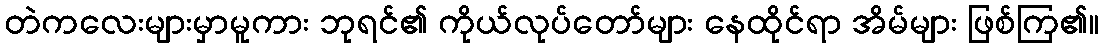
တဲကလေးများမှာမူကား ဘုရင်၏ ကိုယ်လုပ်တော်များ နေထိုင်ရာ အိမ်များ ဖြစ်ကြ၏။